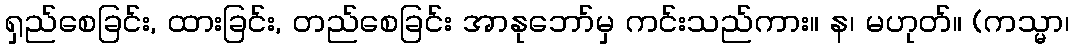
ရှည်စေခြင်း, ထားခြင်း, တည်စေခြင်း အာနုဘော်မှ ကင်းသည်ကား။ န၊ မဟုတ်။ (ကသ္မာ၊